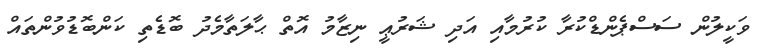
ވަކީލުން ސަސްޕެންޑްކުރާ ކުރުމާއި އަދި ޝަރުޢީ ނިޒާމު އޮތް ޙާލަތާމެދު ބޮޑެތި ކަންބޮޑުވުންތައް